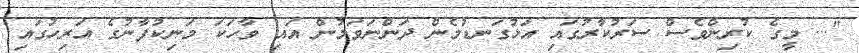
"... މީގެ ކުރިންވެސް ސަރުކާރުގައި އަޅުގަނޑުމެން ދަންނަވަމުން އައި ވާހަކަ މަނިކުފާނުގެ އަރިހުގައި